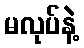
မလုပ်နဲ့